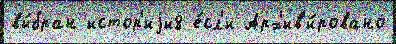
вы́бран истор'иjи8 е́сл'и Арх'ив'и́ровано